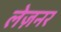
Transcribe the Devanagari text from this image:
लेज़नर